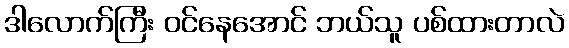
ဒါလောက်ကြီး ဝင်နေအောင် ဘယ်သူ ပစ်ထားတာလဲ